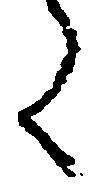
く